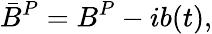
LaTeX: \bar{B}^{P}=B^{P}-ib(t),